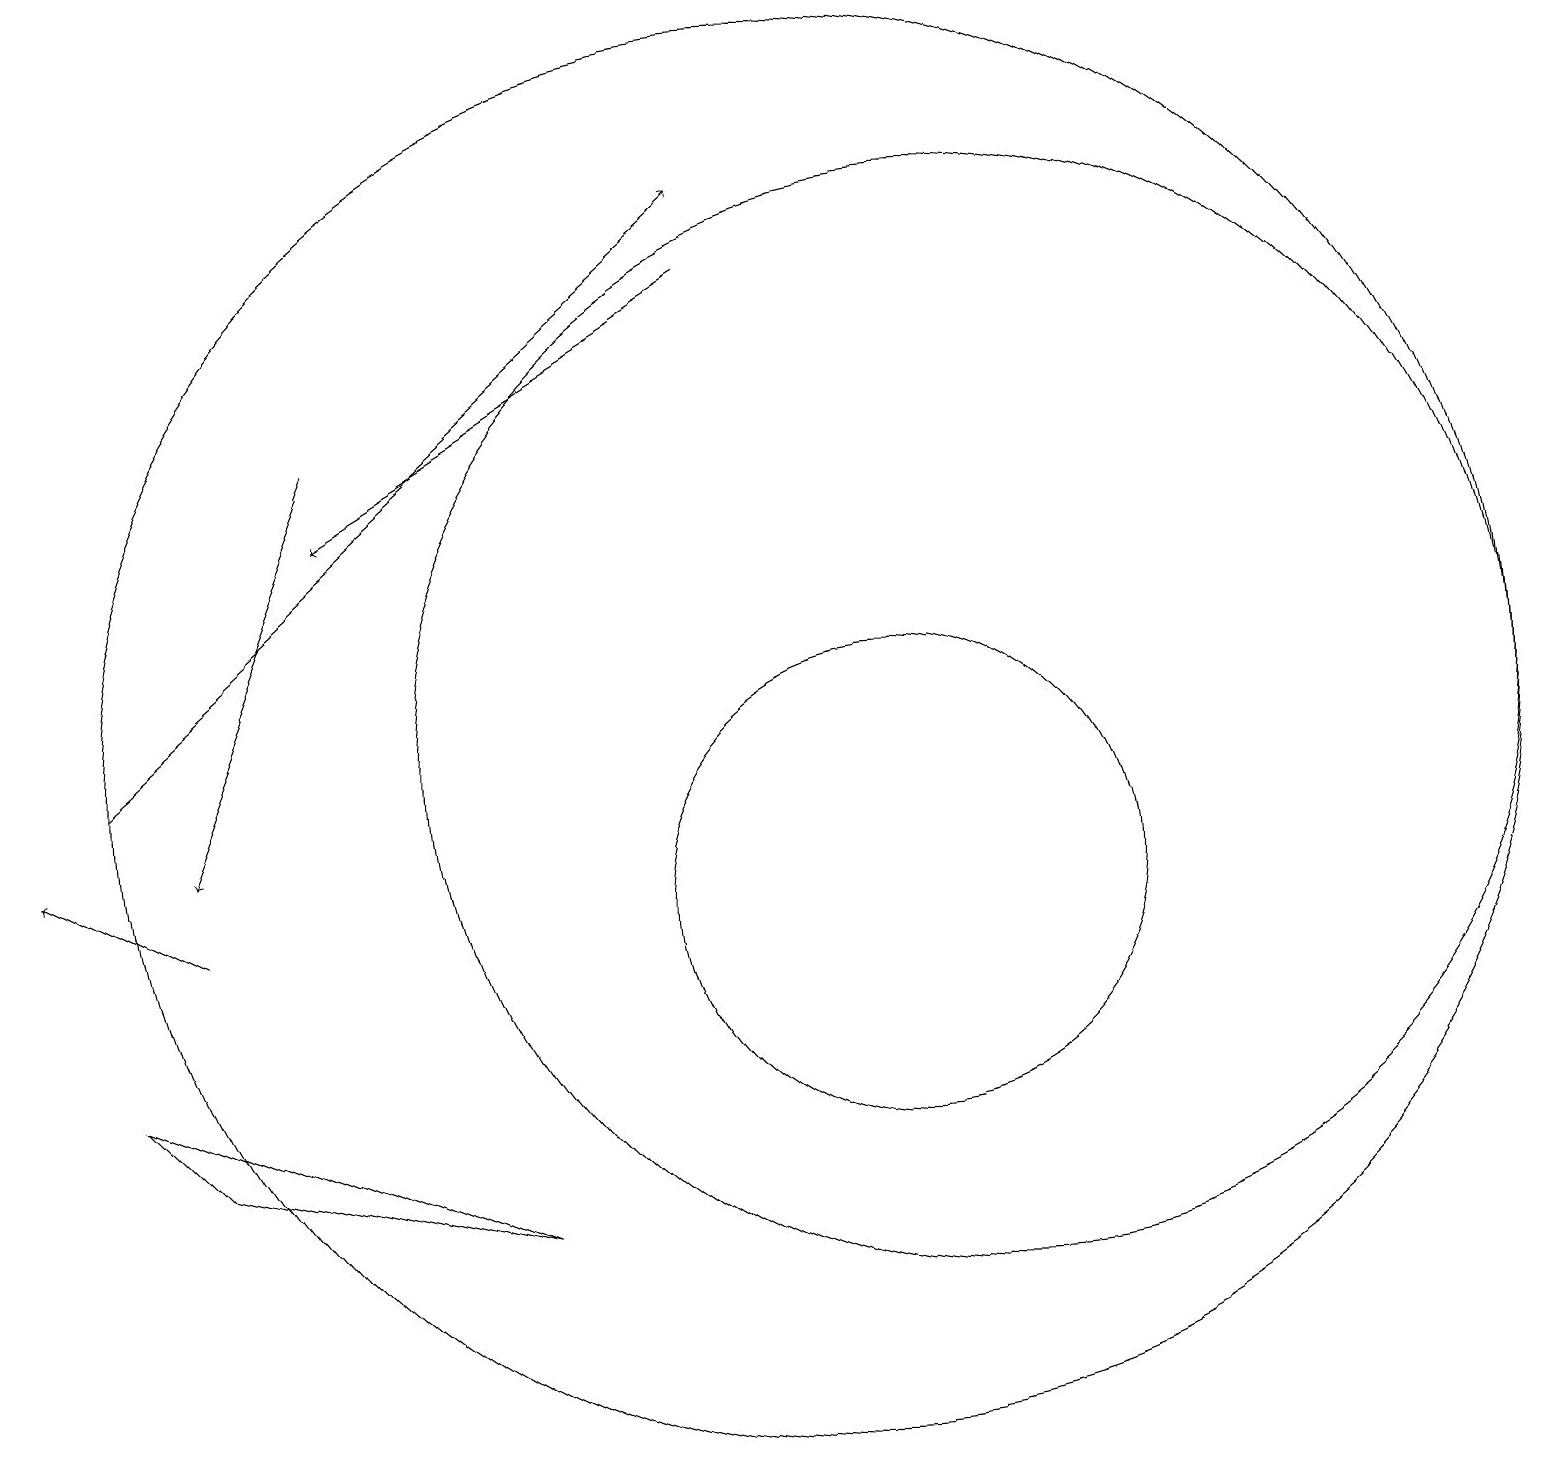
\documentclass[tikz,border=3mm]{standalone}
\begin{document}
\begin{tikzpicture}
\draw (12,12) circle (7);
\draw (11,10) circle (3);
\draw[->] (4,16) -- (2,11);
\draw[->] (1,12) -- (9,19);
\draw[->] (2,10) -- (0,11);
\draw[->] (9,18) -- (4,15);
\draw (10,12) circle (9);
\draw (6,6) -- (2,7) -- (1,8) -- cycle;
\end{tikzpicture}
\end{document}